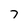
Character: 7